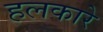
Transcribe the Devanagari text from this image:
हलकारे